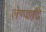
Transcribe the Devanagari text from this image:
लेण्याद्रि